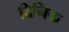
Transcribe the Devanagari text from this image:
दिनिक